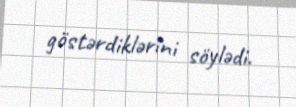
göstərdiklərini söylədi.